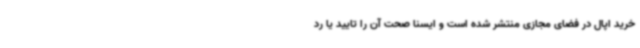
خرید اپال در فضای مجازی منتشر شده است و ایسنا صحت آن را تایید یا رد